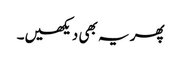
پھر یہ بھی دیکھیں۔